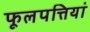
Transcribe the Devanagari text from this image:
फूलपत्तियां